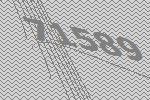
71589